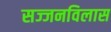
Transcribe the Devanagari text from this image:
सज्जनविलास